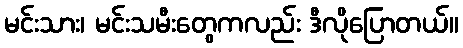
မင်းသား၊ မင်းသမီးတွေကလည်း ဒီလိုပြောတယ်။